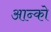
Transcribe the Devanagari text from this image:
आन्को